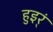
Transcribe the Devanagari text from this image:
हुइर्ं